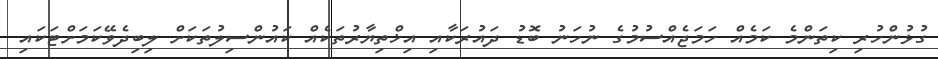
ގުޅުންހުރި ކިތަންމެ ކަމެއް ހަމަޖެއްސުމުގެ ނުހަނު ބޮޑު ދައުރަކާއި އިޚްތިޔާރުތަކެއް ކައުންސިލުތަކަށް ލިބިދެވޭކަމަށްޓަކައި